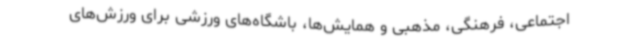
اجتماعی، فرهنگی، مذهبی و همایش‌ها، باشگاه‌های ورزشی برای ورزش‌های